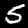
Digit: 5